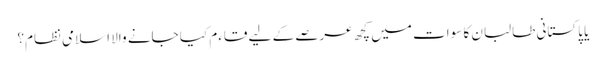
یا پاکستانی طالبان کا سوات میں کچھ عرصے کے لیے قاءم کیا جانے والا اسلامی نظام؟